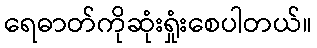
ရေဓာတ်ကိုဆုံးရှုံးစေပါတယ်။